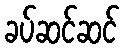
ခပ်ဆင်ဆင်